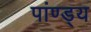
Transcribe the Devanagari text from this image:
पांण्ड्य